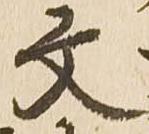
文